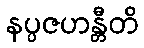
နပ္ပဇဟန္တီတိ